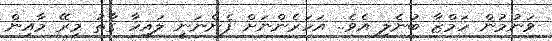
ވަނުމުން ހަމްޒާ ބުނެލި އެވެ.. އަހަރެންނަށް ފެންނަނީ ލައިހާ ގާތު މިރޭ މާއިން